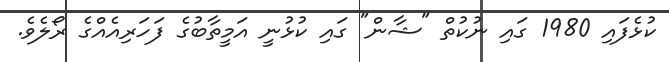
ކުޅެފައި 1980 ގައި ނުކުތް "ޝާން" ގައި ކުޅުނީ އަމީތާބުގެ ފަހަރިއެއްގެ ރޯލެވެ.